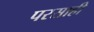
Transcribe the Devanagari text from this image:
परसाही